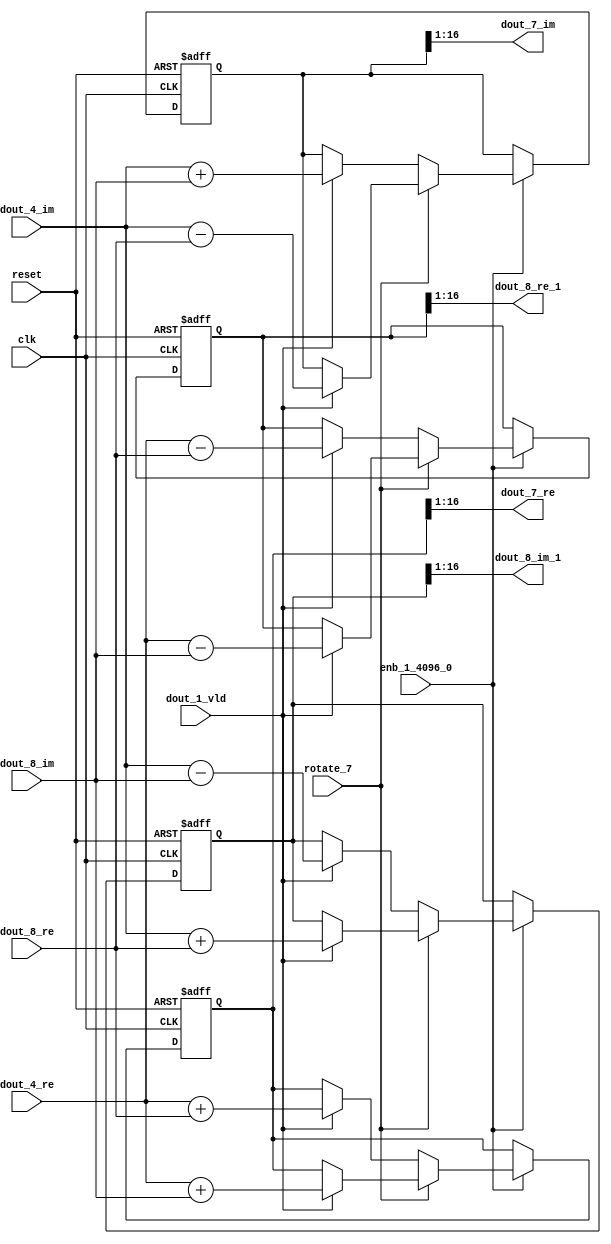
// -------------------------------------------------------------
// 
// 
// Generated by MATLAB 9.14 and HDL Coder 4.1
// 
// -------------------------------------------------------------


// -------------------------------------------------------------
// 
// Module: RADIX22FFT_SDNF2_6_block2
// Source Path: dsphdl.IFFT/RADIX22FFT_SDNF2_6
// Hierarchy Level: 4
// 
// -------------------------------------------------------------

`timescale 1 ns / 1 ns

module RADIX22FFT_SDNF2_6_block2
          (clk,
           reset,
           enb_1_4096_0,
           rotate_7,
           dout_4_re,
           dout_4_im,
           dout_8_re,
           dout_8_im,
           dout_1_vld,
           dout_7_re,
           dout_7_im,
           dout_8_re_1,
           dout_8_im_1);


  input   clk;
  input   reset;
  input   enb_1_4096_0;
  input   rotate_7;  // ufix1
  input   signed [15:0] dout_4_re;  // sfix16_En14
  input   signed [15:0] dout_4_im;  // sfix16_En14
  input   signed [15:0] dout_8_re;  // sfix16_En14
  input   signed [15:0] dout_8_im;  // sfix16_En14
  input   dout_1_vld;
  output  signed [15:0] dout_7_re;  // sfix16_En14
  output  signed [15:0] dout_7_im;  // sfix16_En14
  output  signed [15:0] dout_8_re_1;  // sfix16_En14
  output  signed [15:0] dout_8_im_1;  // sfix16_En14


  reg  Radix22ButterflyG2_NF_din_vld_dly;
  reg signed [16:0] Radix22ButterflyG2_NF_btf1_re_reg;  // sfix17
  reg signed [16:0] Radix22ButterflyG2_NF_btf1_im_reg;  // sfix17
  reg signed [16:0] Radix22ButterflyG2_NF_btf2_re_reg;  // sfix17
  reg signed [16:0] Radix22ButterflyG2_NF_btf2_im_reg;  // sfix17
  reg  Radix22ButterflyG2_NF_din_vld_dly_next;
  reg signed [16:0] Radix22ButterflyG2_NF_btf1_re_reg_next;  // sfix17_En14
  reg signed [16:0] Radix22ButterflyG2_NF_btf1_im_reg_next;  // sfix17_En14
  reg signed [16:0] Radix22ButterflyG2_NF_btf2_re_reg_next;  // sfix17_En14
  reg signed [16:0] Radix22ButterflyG2_NF_btf2_im_reg_next;  // sfix17_En14
  reg signed [15:0] dout_7_re_1;  // sfix16_En14
  reg signed [15:0] dout_7_im_1;  // sfix16_En14
  reg signed [15:0] dout_8_re_2;  // sfix16_En14
  reg signed [15:0] dout_8_im_2;  // sfix16_En14
  reg  dout_6_vld;
  reg signed [16:0] Radix22ButterflyG2_NF_add_cast;  // sfix17_En14
  reg signed [16:0] Radix22ButterflyG2_NF_add_cast_0;  // sfix17_En14
  reg signed [16:0] Radix22ButterflyG2_NF_add_cast_1;  // sfix17_En14
  reg signed [16:0] Radix22ButterflyG2_NF_add_cast_2;  // sfix17_En14
  reg signed [16:0] Radix22ButterflyG2_NF_sub_cast;  // sfix17_En14
  reg signed [16:0] Radix22ButterflyG2_NF_sub_cast_0;  // sfix17_En14
  reg signed [16:0] Radix22ButterflyG2_NF_sub_cast_1;  // sfix17_En14
  reg signed [16:0] Radix22ButterflyG2_NF_sub_cast_2;  // sfix17_En14
  reg signed [16:0] Radix22ButterflyG2_NF_sra_temp;  // sfix17_En14
  reg signed [16:0] Radix22ButterflyG2_NF_add_cast_3;  // sfix17_En14
  reg signed [16:0] Radix22ButterflyG2_NF_add_cast_4;  // sfix17_En14
  reg signed [16:0] Radix22ButterflyG2_NF_add_cast_5;  // sfix17_En14
  reg signed [16:0] Radix22ButterflyG2_NF_add_cast_6;  // sfix17_En14
  reg signed [16:0] Radix22ButterflyG2_NF_sra_temp_0;  // sfix17_En14
  reg signed [16:0] Radix22ButterflyG2_NF_sub_cast_3;  // sfix17_En14
  reg signed [16:0] Radix22ButterflyG2_NF_sub_cast_4;  // sfix17_En14
  reg signed [16:0] Radix22ButterflyG2_NF_sub_cast_5;  // sfix17_En14
  reg signed [16:0] Radix22ButterflyG2_NF_sub_cast_6;  // sfix17_En14
  reg signed [16:0] Radix22ButterflyG2_NF_sra_temp_1;  // sfix17_En14
  reg signed [16:0] Radix22ButterflyG2_NF_sra_temp_2;  // sfix17_En14


  // Radix22ButterflyG2_NF
  always @(posedge clk or posedge reset)
    begin : Radix22ButterflyG2_NF_process
      if (reset == 1'b1) begin
        Radix22ButterflyG2_NF_din_vld_dly <= 1'b0;
        Radix22ButterflyG2_NF_btf1_re_reg <= 17'sb00000000000000000;
        Radix22ButterflyG2_NF_btf1_im_reg <= 17'sb00000000000000000;
        Radix22ButterflyG2_NF_btf2_re_reg <= 17'sb00000000000000000;
        Radix22ButterflyG2_NF_btf2_im_reg <= 17'sb00000000000000000;
      end
      else begin
        if (enb_1_4096_0) begin
          Radix22ButterflyG2_NF_din_vld_dly <= Radix22ButterflyG2_NF_din_vld_dly_next;
          Radix22ButterflyG2_NF_btf1_re_reg <= Radix22ButterflyG2_NF_btf1_re_reg_next;
          Radix22ButterflyG2_NF_btf1_im_reg <= Radix22ButterflyG2_NF_btf1_im_reg_next;
          Radix22ButterflyG2_NF_btf2_re_reg <= Radix22ButterflyG2_NF_btf2_re_reg_next;
          Radix22ButterflyG2_NF_btf2_im_reg <= Radix22ButterflyG2_NF_btf2_im_reg_next;
        end
      end
    end

  always @(Radix22ButterflyG2_NF_btf1_im_reg, Radix22ButterflyG2_NF_btf1_re_reg,
       Radix22ButterflyG2_NF_btf2_im_reg, Radix22ButterflyG2_NF_btf2_re_reg,
       Radix22ButterflyG2_NF_din_vld_dly, dout_1_vld, dout_4_im, dout_4_re,
       dout_8_im, dout_8_re, rotate_7) begin
    Radix22ButterflyG2_NF_add_cast_1 = 17'sb00000000000000000;
    Radix22ButterflyG2_NF_add_cast_2 = 17'sb00000000000000000;
    Radix22ButterflyG2_NF_sub_cast_1 = 17'sb00000000000000000;
    Radix22ButterflyG2_NF_sub_cast_2 = 17'sb00000000000000000;
    Radix22ButterflyG2_NF_add_cast_5 = 17'sb00000000000000000;
    Radix22ButterflyG2_NF_add_cast_6 = 17'sb00000000000000000;
    Radix22ButterflyG2_NF_sub_cast_5 = 17'sb00000000000000000;
    Radix22ButterflyG2_NF_sub_cast_6 = 17'sb00000000000000000;
    Radix22ButterflyG2_NF_add_cast = 17'sb00000000000000000;
    Radix22ButterflyG2_NF_add_cast_0 = 17'sb00000000000000000;
    Radix22ButterflyG2_NF_sub_cast = 17'sb00000000000000000;
    Radix22ButterflyG2_NF_sub_cast_0 = 17'sb00000000000000000;
    Radix22ButterflyG2_NF_add_cast_3 = 17'sb00000000000000000;
    Radix22ButterflyG2_NF_add_cast_4 = 17'sb00000000000000000;
    Radix22ButterflyG2_NF_sub_cast_3 = 17'sb00000000000000000;
    Radix22ButterflyG2_NF_sub_cast_4 = 17'sb00000000000000000;
    Radix22ButterflyG2_NF_btf1_re_reg_next = Radix22ButterflyG2_NF_btf1_re_reg;
    Radix22ButterflyG2_NF_btf1_im_reg_next = Radix22ButterflyG2_NF_btf1_im_reg;
    Radix22ButterflyG2_NF_btf2_re_reg_next = Radix22ButterflyG2_NF_btf2_re_reg;
    Radix22ButterflyG2_NF_btf2_im_reg_next = Radix22ButterflyG2_NF_btf2_im_reg;
    Radix22ButterflyG2_NF_din_vld_dly_next = dout_1_vld;
    if (rotate_7 != 1'b0) begin
      if (dout_1_vld) begin
        Radix22ButterflyG2_NF_add_cast_1 = {dout_4_re[15], dout_4_re};
        Radix22ButterflyG2_NF_add_cast_2 = {dout_8_im[15], dout_8_im};
        Radix22ButterflyG2_NF_btf1_re_reg_next = Radix22ButterflyG2_NF_add_cast_1 + Radix22ButterflyG2_NF_add_cast_2;
        Radix22ButterflyG2_NF_sub_cast_1 = {dout_4_re[15], dout_4_re};
        Radix22ButterflyG2_NF_sub_cast_2 = {dout_8_im[15], dout_8_im};
        Radix22ButterflyG2_NF_btf2_re_reg_next = Radix22ButterflyG2_NF_sub_cast_1 - Radix22ButterflyG2_NF_sub_cast_2;
        Radix22ButterflyG2_NF_add_cast_5 = {dout_4_im[15], dout_4_im};
        Radix22ButterflyG2_NF_add_cast_6 = {dout_8_re[15], dout_8_re};
        Radix22ButterflyG2_NF_btf2_im_reg_next = Radix22ButterflyG2_NF_add_cast_5 + Radix22ButterflyG2_NF_add_cast_6;
        Radix22ButterflyG2_NF_sub_cast_5 = {dout_4_im[15], dout_4_im};
        Radix22ButterflyG2_NF_sub_cast_6 = {dout_8_re[15], dout_8_re};
        Radix22ButterflyG2_NF_btf1_im_reg_next = Radix22ButterflyG2_NF_sub_cast_5 - Radix22ButterflyG2_NF_sub_cast_6;
      end
    end
    else if (dout_1_vld) begin
      Radix22ButterflyG2_NF_add_cast = {dout_4_re[15], dout_4_re};
      Radix22ButterflyG2_NF_add_cast_0 = {dout_8_re[15], dout_8_re};
      Radix22ButterflyG2_NF_btf1_re_reg_next = Radix22ButterflyG2_NF_add_cast + Radix22ButterflyG2_NF_add_cast_0;
      Radix22ButterflyG2_NF_sub_cast = {dout_4_re[15], dout_4_re};
      Radix22ButterflyG2_NF_sub_cast_0 = {dout_8_re[15], dout_8_re};
      Radix22ButterflyG2_NF_btf2_re_reg_next = Radix22ButterflyG2_NF_sub_cast - Radix22ButterflyG2_NF_sub_cast_0;
      Radix22ButterflyG2_NF_add_cast_3 = {dout_4_im[15], dout_4_im};
      Radix22ButterflyG2_NF_add_cast_4 = {dout_8_im[15], dout_8_im};
      Radix22ButterflyG2_NF_btf1_im_reg_next = Radix22ButterflyG2_NF_add_cast_3 + Radix22ButterflyG2_NF_add_cast_4;
      Radix22ButterflyG2_NF_sub_cast_3 = {dout_4_im[15], dout_4_im};
      Radix22ButterflyG2_NF_sub_cast_4 = {dout_8_im[15], dout_8_im};
      Radix22ButterflyG2_NF_btf2_im_reg_next = Radix22ButterflyG2_NF_sub_cast_3 - Radix22ButterflyG2_NF_sub_cast_4;
    end
    Radix22ButterflyG2_NF_sra_temp = Radix22ButterflyG2_NF_btf1_re_reg >>> 8'd1;
    dout_7_re_1 = Radix22ButterflyG2_NF_sra_temp[15:0];
    Radix22ButterflyG2_NF_sra_temp_0 = Radix22ButterflyG2_NF_btf1_im_reg >>> 8'd1;
    dout_7_im_1 = Radix22ButterflyG2_NF_sra_temp_0[15:0];
    Radix22ButterflyG2_NF_sra_temp_1 = Radix22ButterflyG2_NF_btf2_re_reg >>> 8'd1;
    dout_8_re_2 = Radix22ButterflyG2_NF_sra_temp_1[15:0];
    Radix22ButterflyG2_NF_sra_temp_2 = Radix22ButterflyG2_NF_btf2_im_reg >>> 8'd1;
    dout_8_im_2 = Radix22ButterflyG2_NF_sra_temp_2[15:0];
    dout_6_vld = Radix22ButterflyG2_NF_din_vld_dly;
  end



  assign dout_7_re = dout_7_re_1;

  assign dout_7_im = dout_7_im_1;

  assign dout_8_re_1 = dout_8_re_2;

  assign dout_8_im_1 = dout_8_im_2;

endmodule  // RADIX22FFT_SDNF2_6_block2